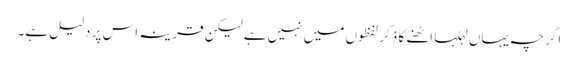
اگرچہ یہاں لہلہا اٹھنے کا ذکر لفظوں میں نہیں ہے لیکن قرینہ اس پر دلیل ہے۔